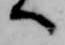
へ